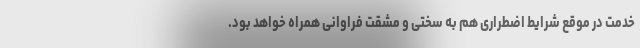
خدمت در موقع شرایط اضطراری هم به سختی و مشقت فراوانی همراه خواهد بود.